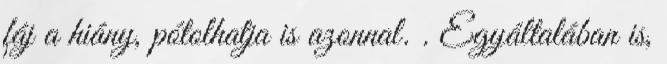
fáj a hiány, pótolhatja is azonnal. . Egyáltalában is,